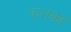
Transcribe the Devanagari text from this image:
फलका